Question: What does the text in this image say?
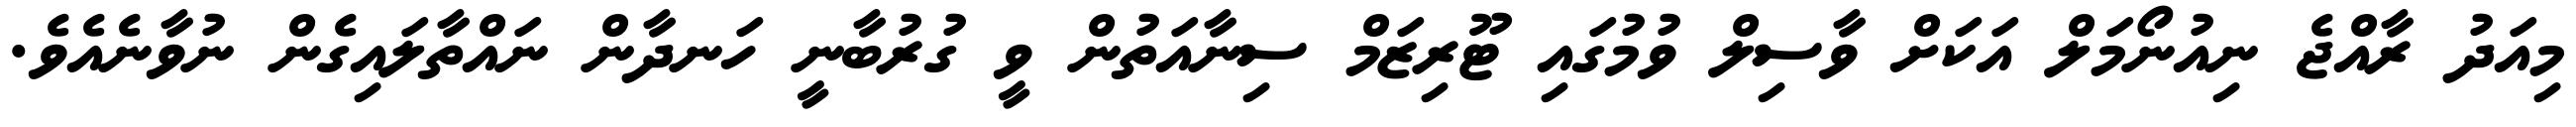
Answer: މިއަދު ރާއްޖެ ނިއުނޯމަލް އަކަށް ވާސިލް ވުމުގައި ޓޫރިޒަމް ސިނާއަތުން ވީ ގުރުބާނީ ހަނދާން ނައްތާލައިގެން ނުވާނެއެވެ.